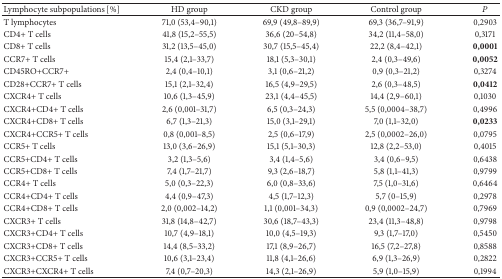
<table><thead><tr><td><b>Lymphocyte subpopulations [%]</b></td><td><b>HD group</b></td><td><b>CKD group</b></td><td><b>Control group</b></td><td><b><i>P</i></b></td></tr></thead><tbody><tr><td>T lymphocytes </td><td>71,0 (53,4–90,1)</td><td>69,9 (49,8–89,9)</td><td>69,3 (36,7–91,9)</td><td>0,2903</td></tr><tr><td> CD4+ T cells</td><td>41,8 (15,2–55,5)</td><td>36,6 (20–54,8)</td><td>34,2 (11,4–58,0)</td><td>0,3171</td></tr><tr><td> CD8+ T cells</td><td>31,2 (13,5–45,0)</td><td>30,7 (15,5–45,4)</td><td>22,2 (8,4–42,1)</td><td><b>0,0001</b></td></tr><tr><td> CCR7+ T cells</td><td>15,4 (2,1–33,7)</td><td>18,1 (5,3–30,1)</td><td>2,4 (0,3–49,6)</td><td><b>0,0052</b></td></tr><tr><td> CD45RO+CCR7+</td><td>2,4 (0,4–10,1)</td><td>3,1 (0,6–21,2)</td><td>0,9 (0,3–21,2)</td><td>0,3274</td></tr><tr><td> CD28+CCR7+ T cells</td><td>15,1 (2,1–32,4)</td><td>16,5 (4,9–29,5)</td><td>2,6 (0,3–48,5)</td><td><b>0,0412</b></td></tr><tr><td> CXCR4+ T cells</td><td>10,6 (1,3–45,9)</td><td>23,1 (4,4–45,5)</td><td>14,4 (2,9–60,1)</td><td>0,1030</td></tr><tr><td> CXCR4+CD4+ T cells</td><td>2,6 (0,001–31,7)</td><td>6,5 (0,3–24,3)</td><td>5,5 (0,0004–38,7)</td><td>0,4996</td></tr><tr><td> CXCR4+CD8+ T cells</td><td>6,7 (1,3–21,3)</td><td>15,0 (3,1–29,1)</td><td>7,0 (1,1–32,0)</td><td><b>0,0233</b></td></tr><tr><td> CXCR4+CCR5+ T cells</td><td>0,8 (0,001–8,5)</td><td>2,5 (0,6–17,9)</td><td>2,5 (0,0002–26,0)</td><td>0,0795</td></tr><tr><td> CCR5+ T cells</td><td>13,0 (3,6–26,9)</td><td>15,1 (5,1–30,3)</td><td>12,8 (2,2–53,0)</td><td>0,4015</td></tr><tr><td> CCR5+CD4+ T cells</td><td>3,2 (1,3–5,6)</td><td>3,4 (1,4–5,6)</td><td>3,4 (0,6–9,5)</td><td>0,6438</td></tr><tr><td> CCR5+CD8+ T cells</td><td>7,4 (1,7–21,7)</td><td>9,3 (2,6–18,7)</td><td>5,8 (1,1–41,3)</td><td>0,9799</td></tr><tr><td> CCR4+ T cells</td><td>5,0 (0,3–22,3)</td><td>6,0 (0,8–33,6)</td><td>7,5 (1,0–31,6)</td><td>0,6464</td></tr><tr><td> CCR4+CD4+ T cells</td><td>4,4 (0,9–47,3)</td><td>4,5 (1,7–12,3)</td><td>5,7 (0–15,9)</td><td>0,2978</td></tr><tr><td> CCR4+CD8+ T cells</td><td>2,0 (0,002–14,2)</td><td>1,1 (0,001–34,3)</td><td>0,9 (0,0002–24,7)</td><td>0,7969</td></tr><tr><td> CXCR3+ T cells</td><td>31,8 (14,8–42,7)</td><td>30,6 (18,7–43,3)</td><td>23,4 (11,3–48,8)</td><td>0,9798</td></tr><tr><td> CXCR3+CD4+ T cells</td><td>10,7 (4,9–18,1)</td><td>10,0 (4,5–19,3)</td><td>9,3 (1,7–17,0)</td><td>0,5450</td></tr><tr><td> CXCR3+CD8+ T cells</td><td>14,4 (8,5–33,2)</td><td>17,1 (8,9–26,7)</td><td>16,5 (7,2–27,8)</td><td>0,8588</td></tr><tr><td> CXCR3+CCR5+ T cells</td><td>10,6 (3,1–23,4)</td><td>11,8 (4,1–26,6)</td><td>6,9 (1,3–26,9)</td><td>0,2822</td></tr><tr><td> CXCR3+CXCR4+ T cells</td><td>7,4 (0,7–20,3)</td><td>14,3 (2,1–26,9)</td><td>5,9 (1,0–15,9)</td><td>0,1994</td></tr></tbody></table>